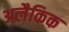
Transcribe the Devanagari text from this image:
अलैकिक